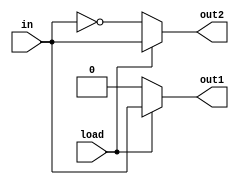

module test(input wire load, in,
	    output reg out1, out2);

   (* ivl_combinational *)
   always @* begin
      out1 = 0;
      if (load) begin
	 out1 = in;
	 out2 = in;
      end else begin
	 out2 = ~in;
      end
   end

endmodule // test

module test_bench;

   reg load;
   reg val;
   wire out1, out2;

   test DUT(.load(load), .in(val), .out1(out1), .out2(out2));

   (* ivl_synthesis_off *)
   initial begin
      val = 0;
      load = 1;
      #1 ;
      if (out1 !== 0 || out2 !== 0) begin
	 $display("FAILED -- load=%b, val=%b, out1=%b, out2=%b", load, val, out1, out2);
	 $finish;
      end

      val = 1;
      #1 ;
      if (out1 !== 1 || out2 !== 1) begin
	 $display("FAILED -- load=%b, val=%b, out1=%b, out2=%b", load, val, out1, out2);
	 $finish;
      end

      load = 0;
      #1 ;
      if (out1 !== 0 || out2 !== 0) begin
	 $display("FAILED -- load=%b, val=%b, out1=%b, out2=%b", load, val, out1, out2);
	 $finish;
      end

      val = 0;
      #1 ;
      if (out1 !== 0 || out2 !== 1) begin
	 $display("FAILED -- load=%b, val=%b, out1=%b, out2=%b", load, val, out1, out2);
	 $finish;
      end

      $display("PASSED");
   end // initial begin

endmodule // test_bench